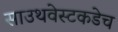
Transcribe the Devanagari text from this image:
साउथवेस्टकडेच